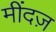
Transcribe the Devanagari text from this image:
मींदज़